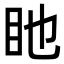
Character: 𥃸